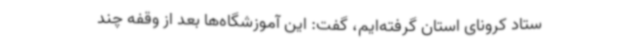
ستاد کرونای استان گرفته‌ایم، گفت: این آموزشگاه‌ها بعد از وقفه چند